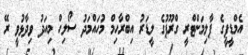
އެމްޑީޕީގެ ޕާލިމަންޓްރީ ގްރޫޕުގެ ލީޑަރު އިބްރާހިމް މުހައްމަދު ސޯލިހް މިއަދު ވިދާޅުވީ ރޭ